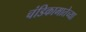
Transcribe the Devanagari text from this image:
चंडिकामातेच्या